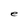
Character: e